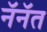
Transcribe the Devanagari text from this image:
नॅनॅत